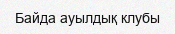
Байда ауылдық клубы